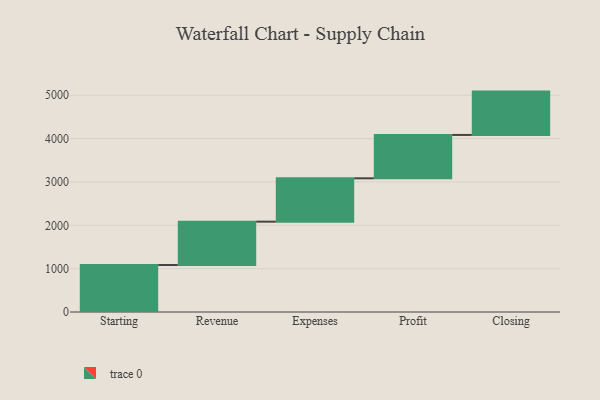
{"axis": {"x": "Step", "y": "Value"}, "legend": [""], "data": [{"x": "Starting", "y": 1084.0, "type": ""}, {"x": "Revenue", "y": 1000, "type": ""}, {"x": "Expenses", "y": 1000, "type": ""}, {"x": "Profit", "y": 1000, "type": ""}, {"x": "Closing", "y": 1000, "type": ""}]}